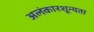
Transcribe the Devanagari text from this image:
अलंकारशून्यता